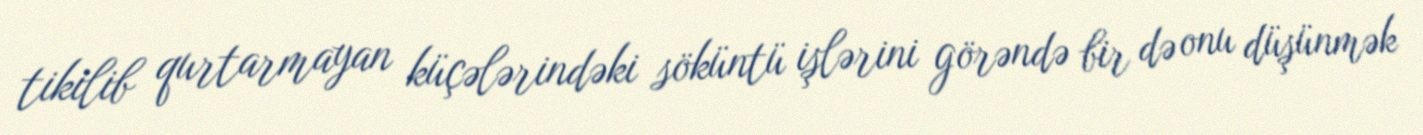
tikilib qurtarmayan küçələrindəki söküntü işlərini görəndə bir də onu düşünmək